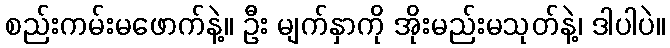
စည်းကမ်းမဖောက်နဲ့။ ဦး မျက်နှာကို အိုးမည်းမသုတ်နဲ့၊ ဒါပါပဲ။